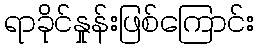
ရာခိုင်နှုန်းဖြစ်ကြောင်း